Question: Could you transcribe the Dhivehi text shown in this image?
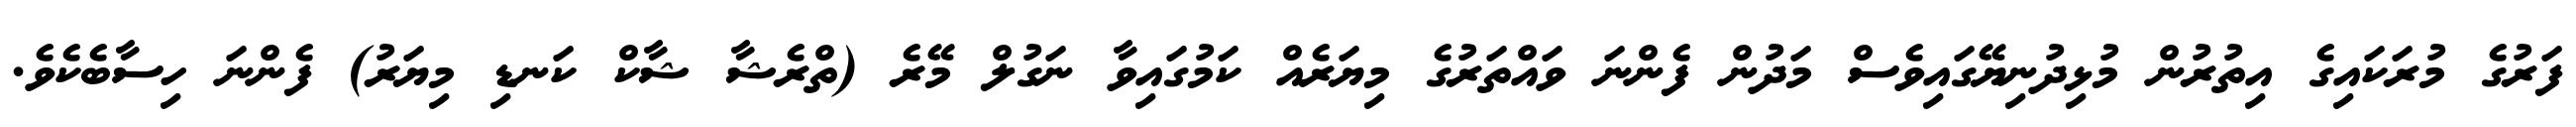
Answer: ފަރުގެ މުރަކައިގެ އިތުރުން މުޅިދުނިޔޭގައިވެސް މަދުން ފެންނަ ވައްތަރުގެ މިޔަރެއް ކަމުގައިވާ ނަގުލް މޭރެ (ތްރެޝާ ޝާކް ކަނޑި މިޔަރު) ފެންނަ ހިސާބެކެވެ.